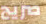
صريح